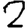
Digit: 2